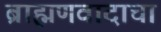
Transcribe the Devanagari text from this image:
ब्राह्मणवादाचा